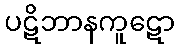
ပဋိဘာနကူဋော